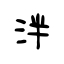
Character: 泮